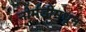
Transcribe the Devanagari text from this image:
नोर्मंडीमधून